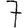
Digit: 7